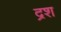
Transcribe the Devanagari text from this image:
द्रश